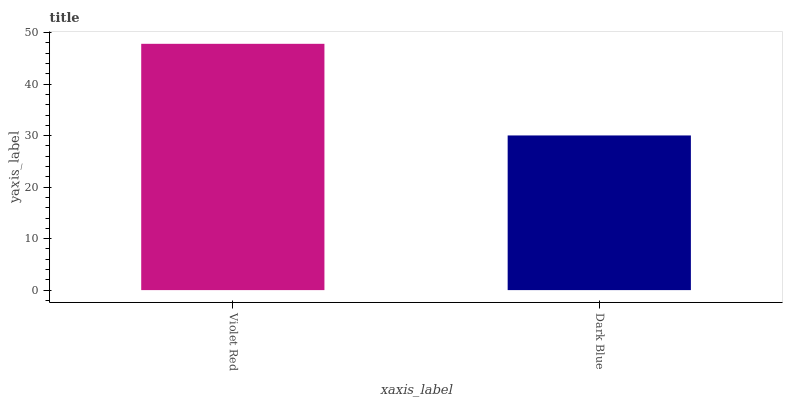
| xaxis_label | bars |
 | --- | --- |
 | Violet Red | 47.8 |
 | Dark Blue | 30 |